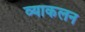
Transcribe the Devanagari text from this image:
व्याकलन